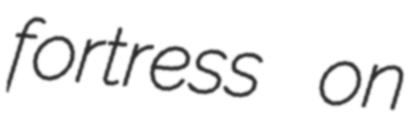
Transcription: fortress on